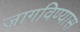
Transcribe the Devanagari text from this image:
जागविण्यास